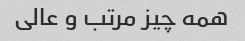
همه چیز مرتب و عالی